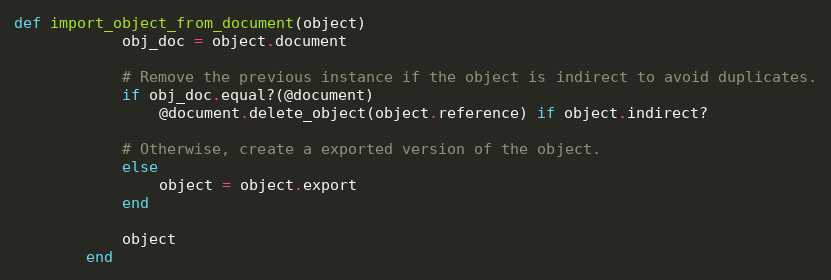
Language: Ruby
def import_object_from_document(object)
            obj_doc = object.document

            # Remove the previous instance if the object is indirect to avoid duplicates.
            if obj_doc.equal?(@document)
                @document.delete_object(object.reference) if object.indirect?

            # Otherwise, create a exported version of the object.
            else
                object = object.export
            end

            object
        end